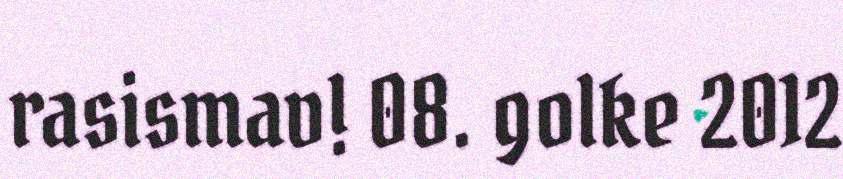
rasismav! 08. golke 2012